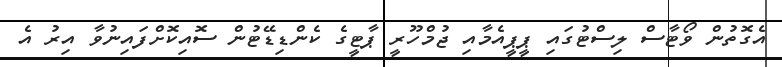
އެގޮތުން ވޯޓާސް ލިސްޓުގައި ޕީޕީއެމާއި ޖުމްހޫރީ ޕާޓީގެ ކެންޑިޑޭޓުން ސޮއިކޮށްފައިނުވާ އިރު އެ